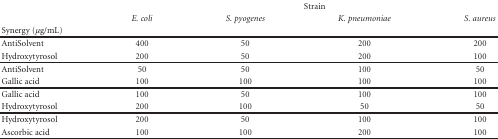
<table><thead><tr><td></td><td colspan="4"><b>Strain</b></td></tr><tr><td></td><td><b><i>E. coli</i></b></td><td><b><i>S. pyogenes</i></b></td><td><b><i>K. pneumoniae</i></b></td><td><b><i>S. aureus</i></b></td></tr><tr><td><b>Synergy (<i>μ</i>g/mL)</b></td><td></td><td></td><td></td><td></td></tr></thead><tbody><tr><td>AntiSolvent</td><td>400</td><td>50</td><td>200</td><td>200</td></tr><tr><td>Hydroxytyrosol</td><td>200</td><td>50</td><td>200</td><td>100</td></tr><tr><td>AntiSolvent</td><td>50</td><td>50</td><td>100</td><td>50</td></tr><tr><td>Gallic acid</td><td>100</td><td>100</td><td>100</td><td>100</td></tr><tr><td>Gallic acid</td><td>100</td><td>50</td><td>100</td><td>100</td></tr><tr><td>Hydroxytyrosol</td><td>200</td><td>100</td><td>50</td><td>50</td></tr><tr><td>Hydroxytyrosol</td><td>200</td><td>50</td><td>100</td><td>100</td></tr><tr><td>Ascorbic acid</td><td>100</td><td>100</td><td>200</td><td>100</td></tr></tbody></table>